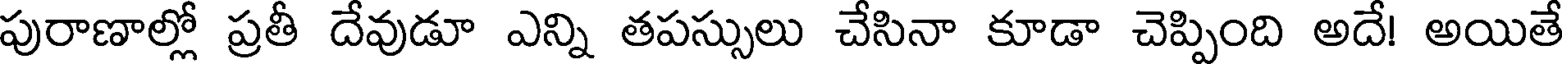
పురాణాల్లో ప్రతీ దేవుడూ ఎన్ని తపస్సులు చేసినా కూడా చెప్పింది అదే! అయితే